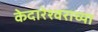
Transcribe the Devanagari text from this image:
केदारेश्वराच्या